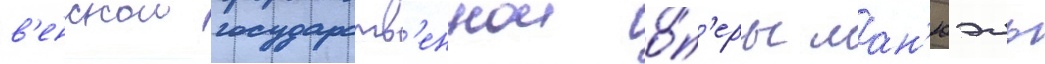
в'енскои государств'еннои о́п'еры ман'юэль